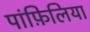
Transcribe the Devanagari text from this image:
पांफ़िलिया